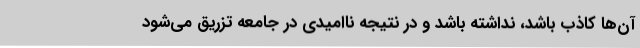
آن‌ها کاذب باشد، نداشته باشد و در نتیجه ناامیدی در جامعه تزریق می‌شود